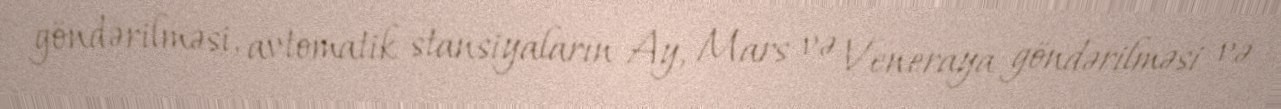
göndərilməsi, avtomatik stansiyaların Ay, Mars və Veneraya göndərilməsi və